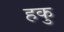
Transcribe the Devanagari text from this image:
हकु